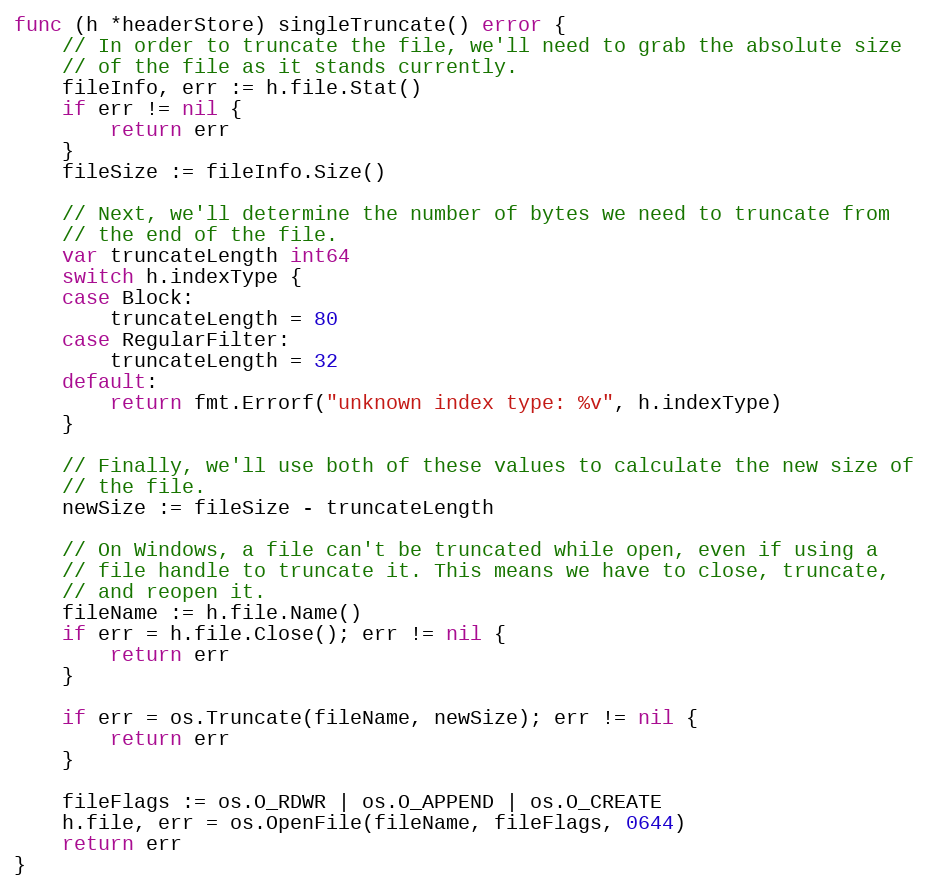
Language: Go
func (h *headerStore) singleTruncate() error {
	// In order to truncate the file, we'll need to grab the absolute size
	// of the file as it stands currently.
	fileInfo, err := h.file.Stat()
	if err != nil {
		return err
	}
	fileSize := fileInfo.Size()

	// Next, we'll determine the number of bytes we need to truncate from
	// the end of the file.
	var truncateLength int64
	switch h.indexType {
	case Block:
		truncateLength = 80
	case RegularFilter:
		truncateLength = 32
	default:
		return fmt.Errorf("unknown index type: %v", h.indexType)
	}

	// Finally, we'll use both of these values to calculate the new size of
	// the file.
	newSize := fileSize - truncateLength

	// On Windows, a file can't be truncated while open, even if using a
	// file handle to truncate it. This means we have to close, truncate,
	// and reopen it.
	fileName := h.file.Name()
	if err = h.file.Close(); err != nil {
		return err
	}

	if err = os.Truncate(fileName, newSize); err != nil {
		return err
	}

	fileFlags := os.O_RDWR | os.O_APPEND | os.O_CREATE
	h.file, err = os.OpenFile(fileName, fileFlags, 0644)
	return err
}